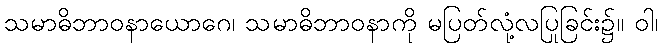
သမာဓိဘာဝနာယောဂေ၊ သမာဓိဘာဝနာကို မပြတ်လုံ့လပြုခြင်း၌။ ဝါ၊